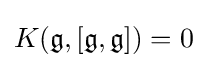
K({\mathfrak {g}},[{\mathfrak {g}},{\mathfrak {g}}])=0